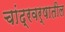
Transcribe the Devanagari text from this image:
चांद्रवर्षातील